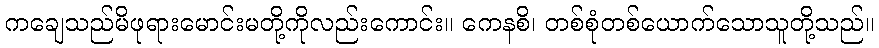
ကချေသည်မိဖုရားမောင်းမတို့ကိုလည်းကောင်း။ ကေနစိ၊ တစ်စုံတစ်ယောက်သောသူတို့သည်။